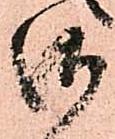
御